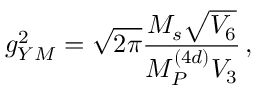
g _ { Y M } ^ { 2 } = \sqrt { 2 \pi } { \frac { M _ { s } \sqrt { V _ { 6 } } } { M _ { P } ^ { ( 4 d ) } V _ { 3 } } } \, ,